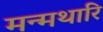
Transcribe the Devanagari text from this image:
मन्मथारि